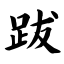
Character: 跋